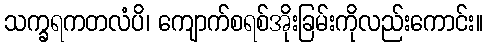
သက္ခရကတလံပိ၊ ကျောက်စရစ်အိုးခြမ်းကိုလည်းကောင်း။